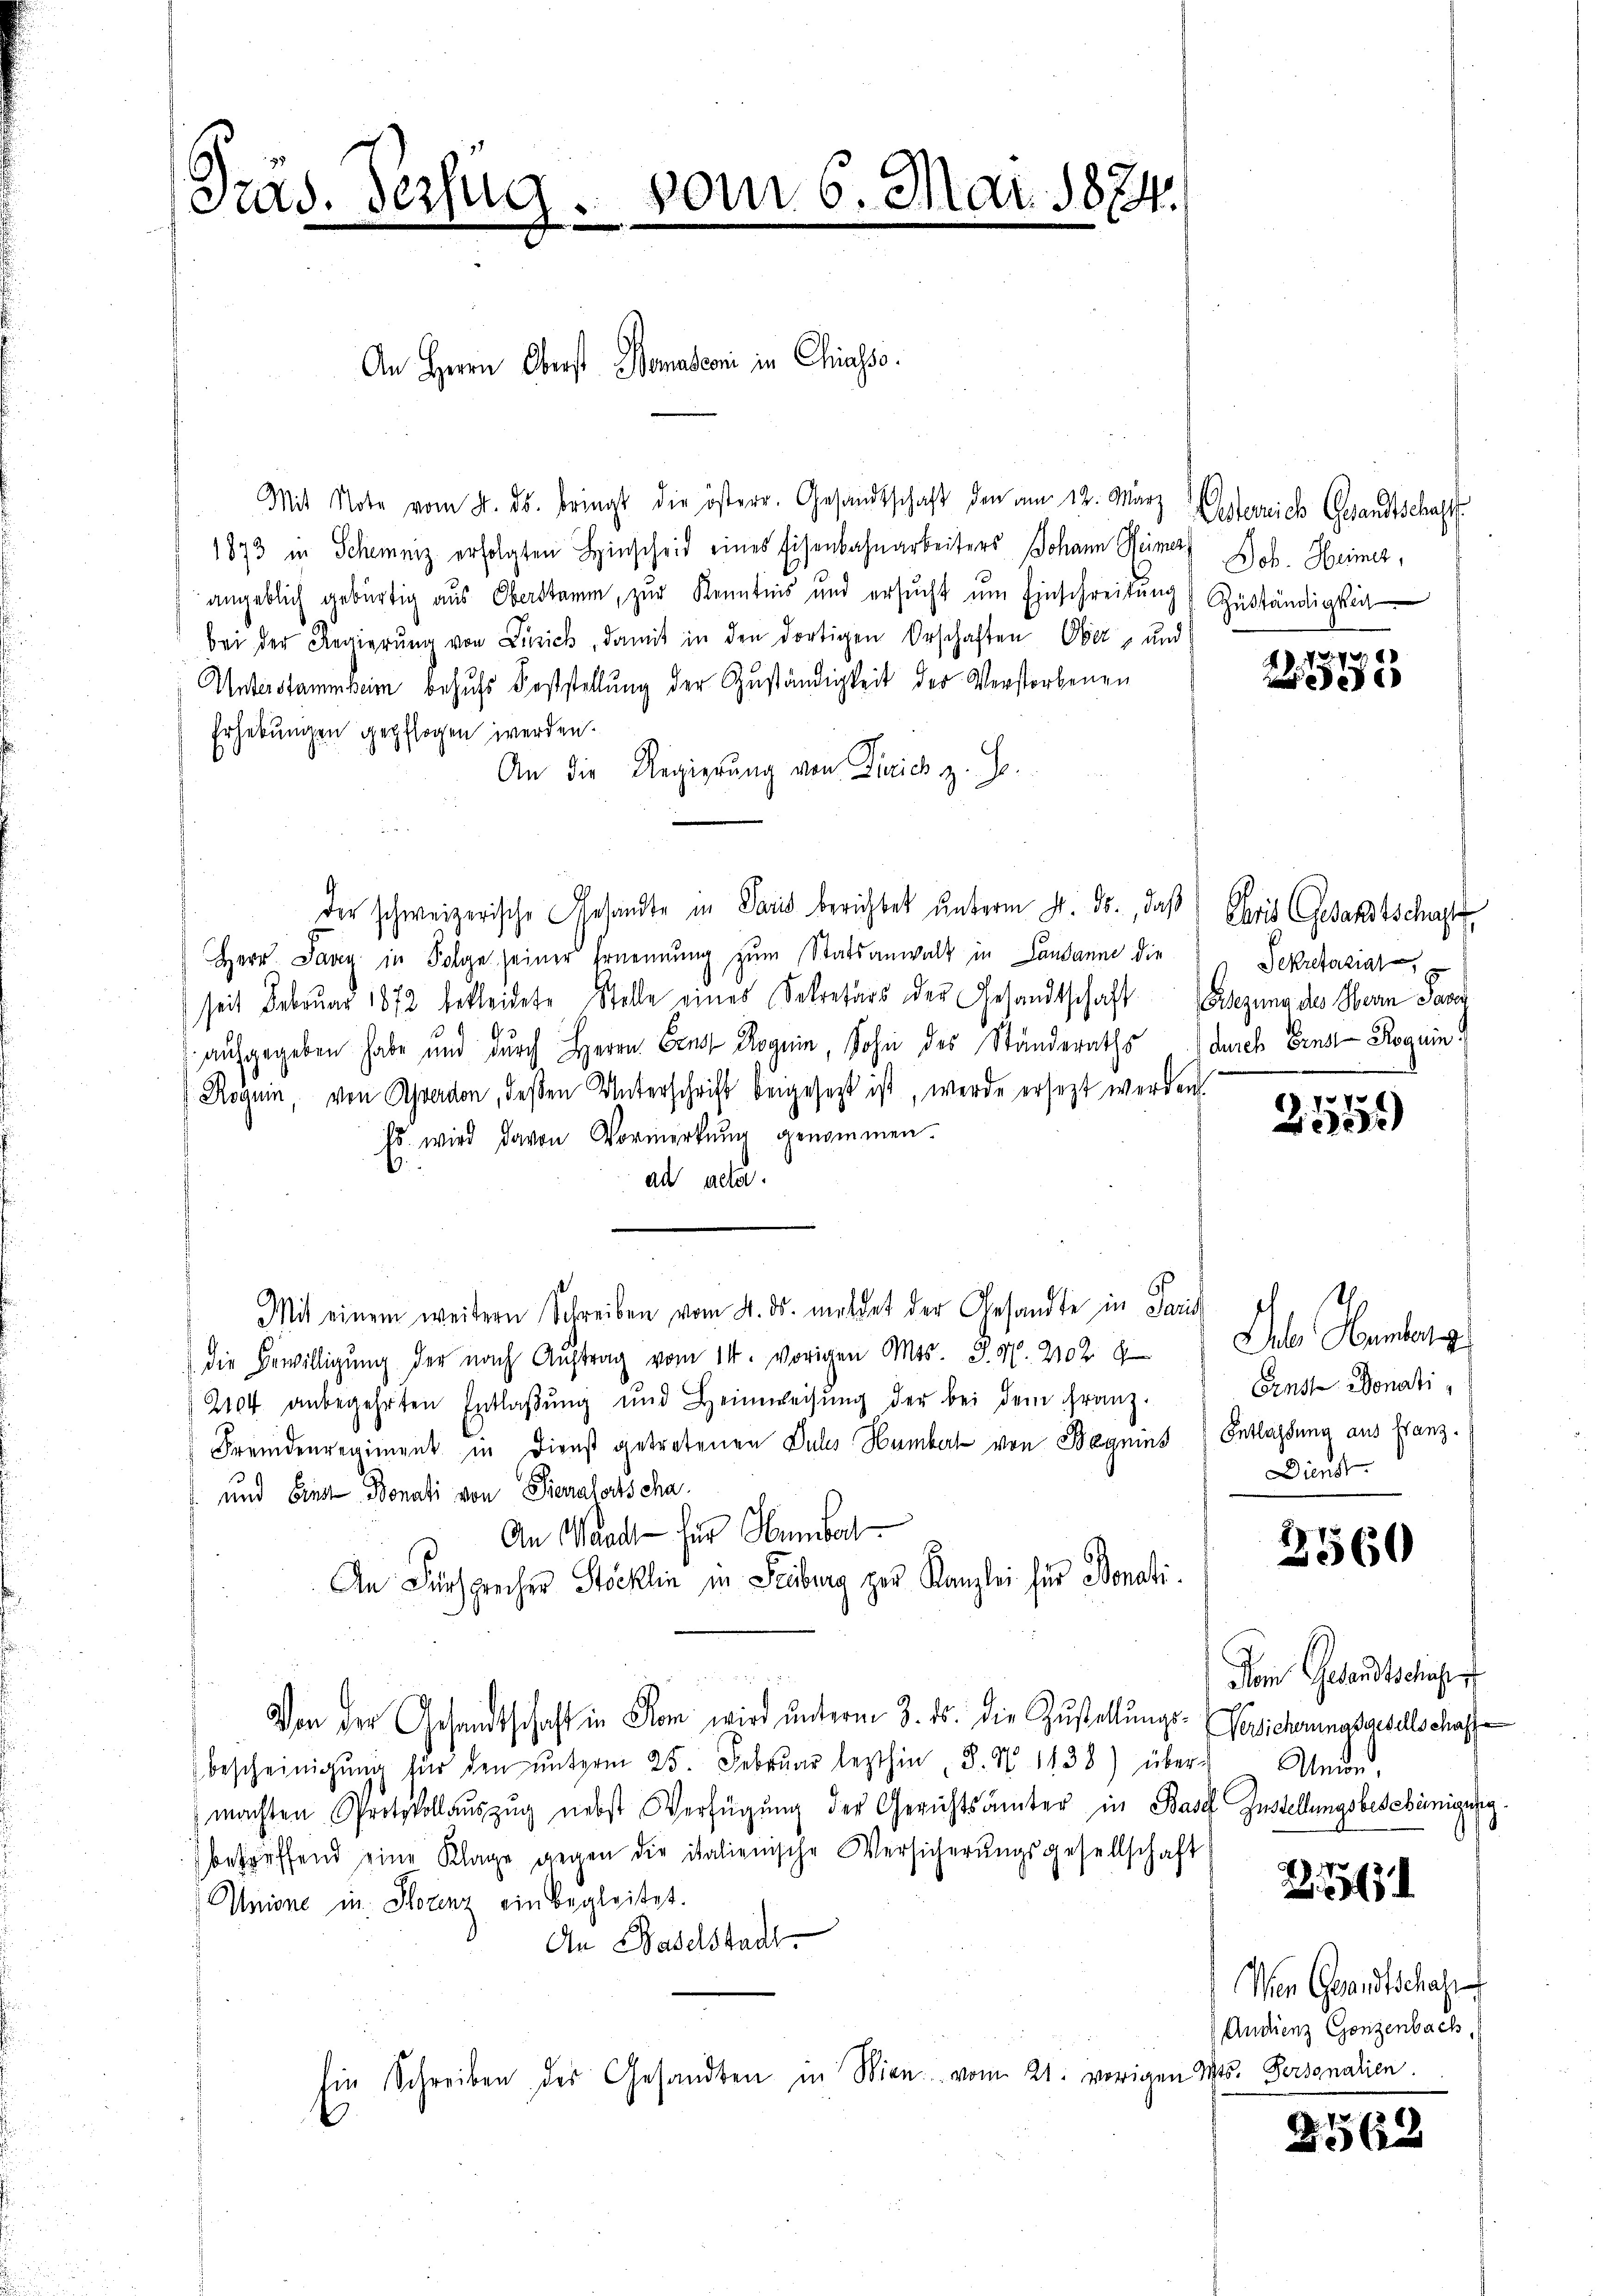
Prad. Verzug

Mit Note vom 2. ds. bringt die österr. Gesandtschaft den am 12. März Osterrich Gesandtschaft
1873 in Schweiz erfolgten Hinscheid eines Eisenbahnarbeiters Johann Heiner Job. Heimer,
angeblich gebürtig aus Oberstamm, zur Kenntnis und ersŭcht um Einschreitung & Zuständigkeit
bei der Regierung von Luzick, damit in den dortigen Orschaften Ober- und
Unterstammheim behufs Feststellung der Zuständigkeit der Verstorbenen
Erhebungen gepflogen werden.
An die Regierung von Dirich z. Joder schweizerische Gesandte in Paris berichtet unterm 20. ds., daß Chris Gesandtschafte
Herr Jany in Folge seiner Ernennung zum Statsanwalt in Landanne die
seit Februar 1872 bekleidete Stelle eines Sekretärs der Gesandtschaft (Glegung des Hern Sand
aufgegeben habe und durch Herrn Erna Roguin, Sohn des Ständeraths durch Ernst-Roguin
Roguin, von Averdon, deßen Unterschrift beigesetzt ist, werde ersezt werden.
Es wird davon Vormerkung genommen.
an aller.
Mit einem weitern Schreiben vom 4. ds. meldet der Gesandte in Paris
die Bewilligŭng der nach Aŭftrag vom 14. vorigen Mos. J. N. 21028 Iuler Hember g
2104 anbegehrten Entlaβŭng und Heimweisŭng der bei dem Franz-
Fremdenregiment in Dienst getretenen Puls Humbert von Bagnins Entlassung aus Franz-
 und Ein Bonati von Pionalochscha
An Waadt - für Humber
An Fürsprecher Stöcklin in Leiburg zur Kanzlei für Donati¬
Von der Gesandtschaft in Rom wird ŭnterm 3. ds. die Zustellŭngs-Versicherungsgesellschaffe
bescheinigŭng für den ŭnterm 25. Febrŭar lezthin ". N. 1138) über-
machten Protokollaŭszŭg nebst Verfügŭng der Gerichtsämter in Basel Zustellungsbescheinigung.
betreffend eine Klage gegen die italienische Versicherŭngsgesellschaft
Unione in Horenz ein begleitet.
An Baselstadt.
Ein Schreiben des Gesandten in Wien vom 21. vorigen Ms. Personalien

An Herrn Oberst Bonasconi in Chass.

vom 6. Mai 1874.

P. Nr. 1888
e

Sekretariat

170
20.)

Ernst Donati
Dienst

3560

Dem Gesandtschufer
Unend,
¬

Z. 451

Wen Gesandtschaft
Andienz Ganzenbach.

1562